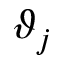
\vartheta _ { j }